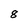
Character: 8